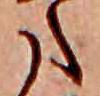
た